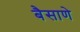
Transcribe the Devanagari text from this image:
बैसाणे